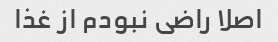
اصلا راضی نبودم از غذا